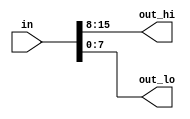
`default_nettype none
module top_module( 
    input wire [15:0] in,
    output wire [7:0] out_hi,
    output wire [7:0] out_lo 
    );
  
  assign out_hi = in[15:8];
  assign out_lo = in[7:0];

endmodule